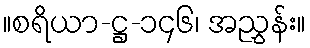
။စရိယာ-ဋ္ဌ-၁၄၆၊ အညွှန်း။